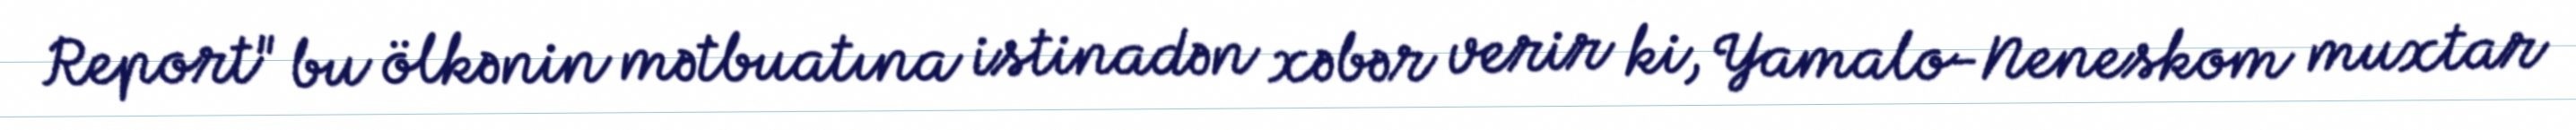
Report" bu ölkənin mətbuatına istinadən xəbər verir ki, Yamalo-Neneskom muxtar